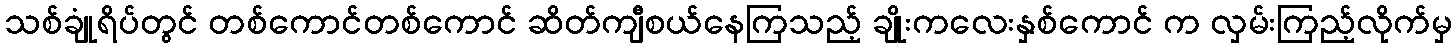
သစ်ချုံရိပ်တွင် တစ်ကောင်တစ်ကောင် ဆိတ်ကျီစယ်နေကြသည့် ချိုးကလေးနှစ်ကောင် က လှမ်းကြည့်လိုက်မှ